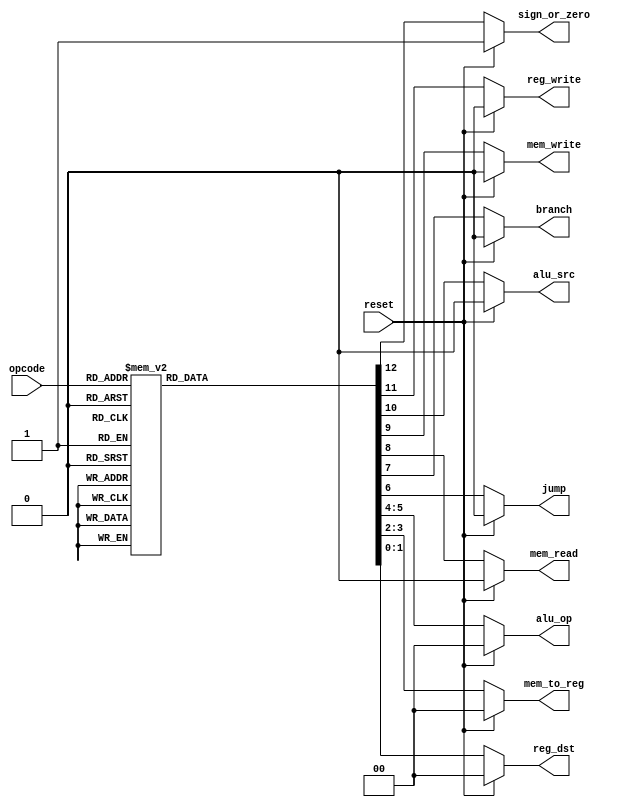
//fpga4student.com: FPga projects, Verilog projects, VHDL projects
// Verilog project: Verilog code for 16-bit MIPS Processor
// Submodule: Control Unit in Verilog 

 module control( input[2:0] opcode,  
                           input reset,  
                           output reg[1:0] reg_dst,mem_to_reg,alu_op,  
                           output reg jump,branch,mem_read,mem_write,alu_src,reg_write,sign_or_zero                      
   );  
 always @(*)  
 begin  
      if(reset == 1'b1) begin  
                reg_dst = 2'b00;  
                mem_to_reg = 2'b00;  
                alu_op = 2'b00;  
                jump = 1'b0;  
                branch = 1'b0;  
                mem_read = 1'b0;  
                mem_write = 1'b0;  
                alu_src = 1'b0;  
                reg_write = 1'b0;  
                sign_or_zero = 1'b1;  
      end  
      else begin  
      case(opcode)   
      3'b000: begin // add  
                reg_dst = 2'b01;  
                mem_to_reg = 2'b00;  
                alu_op = 2'b00;  
                jump = 1'b0;  
                branch = 1'b0;  
                mem_read = 1'b0;  
                mem_write = 1'b0;  
                alu_src = 1'b0;  
                reg_write = 1'b1;  
                sign_or_zero = 1'b1;  
                end  
      3'b001: begin // sli  
                reg_dst = 2'b00;  
                mem_to_reg = 2'b00;  
                alu_op = 2'b10;  
                jump = 1'b0;  
                branch = 1'b0;  
                mem_read = 1'b0;  
                mem_write = 1'b0;  
                alu_src = 1'b1;  
                reg_write = 1'b1;  
                sign_or_zero = 1'b0;  
                end  
      3'b010: begin // j  
                reg_dst = 2'b00;  
                mem_to_reg = 2'b00;  
                alu_op = 2'b00;  
                jump = 1'b1;  
                branch = 1'b0;  
                mem_read = 1'b0;  
                mem_write = 1'b0;  
                alu_src = 1'b0;  
                reg_write = 1'b0;  
                sign_or_zero = 1'b1;  
                end  
      3'b011: begin // jal  
                reg_dst = 2'b10;  
                mem_to_reg = 2'b10;  
                alu_op = 2'b00;  
                jump = 1'b1;  
                branch = 1'b0;  
                mem_read = 1'b0;  
                mem_write = 1'b0;  
                alu_src = 1'b0;  
                reg_write = 1'b1;  
                sign_or_zero = 1'b1;  
                end  
      3'b100: begin // lw  
                reg_dst = 2'b00;  
                mem_to_reg = 2'b01;  
                alu_op = 2'b11;  
                jump = 1'b0;  
                branch = 1'b0;  
                mem_read = 1'b1;  
                mem_write = 1'b0;  
                alu_src = 1'b1;  
                reg_write = 1'b1;  
                sign_or_zero = 1'b1;  
                end  
      3'b101: begin // sw  
                reg_dst = 2'b00;  
                mem_to_reg = 2'b00;  
                alu_op = 2'b11;  
                jump = 1'b0;  
                branch = 1'b0;  
                mem_read = 1'b0;  
                mem_write = 1'b1;  
                alu_src = 1'b1;  
                reg_write = 1'b0;  
                sign_or_zero = 1'b1;  
                end  
      3'b110: begin // beq  
                reg_dst = 2'b00;  
                mem_to_reg = 2'b00;  
                alu_op = 2'b01;  
                jump = 1'b0;  
                branch = 1'b1;  
                mem_read = 1'b0;  
                mem_write = 1'b0;  
                alu_src = 1'b0;  
                reg_write = 1'b0;  
                sign_or_zero = 1'b1;  
                end  
      3'b111: begin // addi  
                reg_dst = 2'b00;  
                mem_to_reg = 2'b00;  
                alu_op = 2'b11;  
                jump = 1'b0;  
                branch = 1'b1;  
                mem_read = 1'b0;  
                mem_write = 1'b0;  
                alu_src = 1'b1;  
                reg_write = 1'b1;  
                sign_or_zero = 1'b1;  
                end  
//      default: begin  
//                reg_dst = 2'b01;  
//                mem_to_reg = 2'b00;  
//                alu_op = 2'b00;  
//                jump = 1'b0;  
//                branch = 1'b0;  
//                mem_read = 1'b0;  
//                mem_write = 1'b0;  
//                alu_src = 1'b0;  
//                reg_write = 1'b1;  
//                sign_or_zero = 1'b1;  
//                end  
      endcase  
      end  
 end  
 endmodule